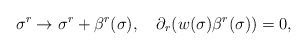
\begin{align*}\sigma^r \rightarrow \sigma^r +\beta^r (\sigma),~~~\partial_r (w(\sigma)\beta^r (\sigma))=0,\end{align*}